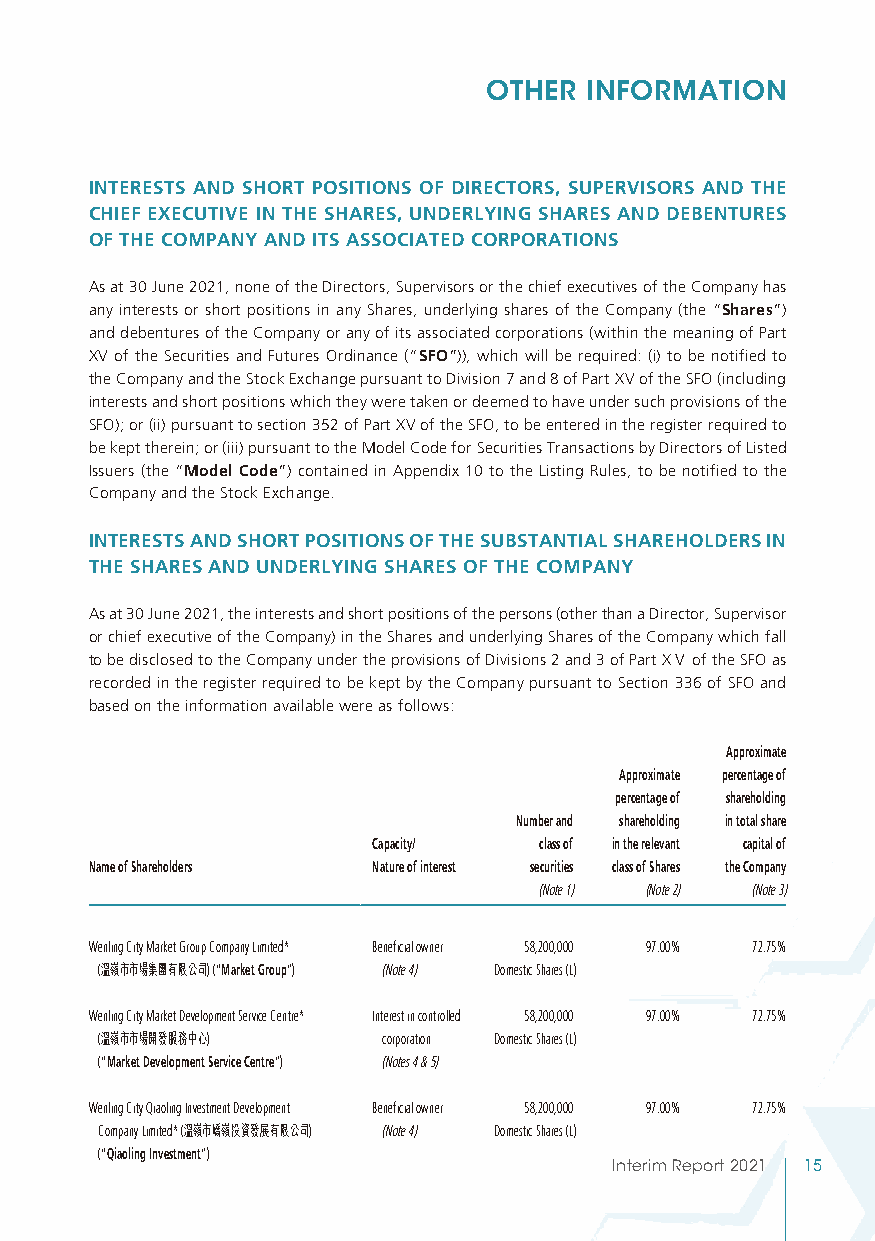
OTHER  INFORMATION
 INTERESTS AND SHORT POSITIONS OF DIRECTORS, SUPERVISORS AND THE
 CHIEF EXECUTIVE IN THE SHARES, UNDERLYING SHARES AND DEBENTURES
 OF THE COMPANY AND ITS ASSOCIATED CORPORATIONS
 As at 30 June 2021, none of the Directors, Supervisors or the chief executives of the Company has
 any interests or short positions in any Shares, underlying shares of the Company (the “Shares”)
 and debentures of the Company or any of its associated corporations (within the meaning of Part
 XV of the Securities and Futures Ordinance (“SFO”)), which will be required: (i) to be notified to
 the Company and the Stock Exchange pursuant to Division 7 and 8 of Part XV of the SFO (including
 interests and short positions which they were taken or deemed to have under such provisions of the
 SFO); or (ii) pursuant to section 352 of Part XV of the SFO, to be entered in the register required to
 be kept therein; or (iii) pursuant to the Model Code for Securities Transactions by Directors of Listed
 Issuers (the “Model Code”) contained in Appendix 10 to the Listing Rules, to be notified to the
 Company and the Stock Exchange.
 INTERESTS AND SHORT POSITIONS OF THE SUBSTANTIAL SHAREHOLDERS IN
 THE SHARES AND UNDERLYING SHARES OF THE COMPANY
 As at 30 June 2021, the interests and short positions of the persons (other than a Director, Supervisor
 or chief executive of the Company) in the Shares and underlying Shares of the Company which fall
 to be disclosed to the Company under the provisions of Divisions 2 and 3 of Part XＶ of the SFO as
 recorded in the register required to be kept by the Company pursuant to Section 336 of SFO and
 based on the information available were as follows:
 Approximate
 Approximate percentage of
 percentage of shareholding
 Number and shareholding in total share
 Capacity/  class of in the relevant capital of
 Name of Shareholders Nature of interest securities class of Shares the Company
 (Note 1) (Note 2) (Note 3)
 Wenling City Market Group Company Limited* Beneficial owner 58,200,000 97.00% 72.75%
 (溫嶺市市場集團有限公司) (“Market Group”) (Note 4) Domestic Shares (L)
 Wenling City Market Development Service Centre* Interest in controlled 58,200,000 97.00% 72.75%
 (溫嶺市市場開發服務中心)     corporation Domestic Shares (L)
 (“Market Development Service Centre”) (Notes 4 & 5)
 Wenling City Qiaoling Investment Development Beneficial owner 58,200,000 97.00% 72.75%
 Company Limited* (溫嶺市嶠嶺投資發展有限公司) (Note 4) Domestic Shares (L)
 (“Qiaoling Investment”)
 Interim Report 2021 15